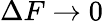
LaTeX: \Delta F\rightarrow 0